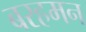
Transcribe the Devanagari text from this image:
बरहमन